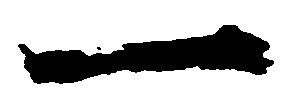
一